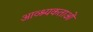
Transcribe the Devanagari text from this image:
आव्श्यकताओं